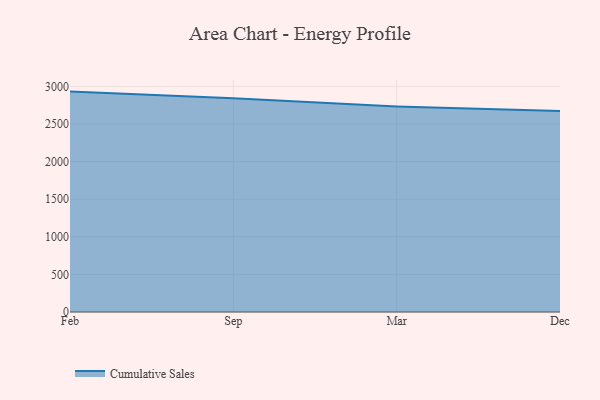
{"axis": {"x": "Month", "y": "Temperature (°C)"}, "legend": ["Cumulative Sales"], "data": [{"x": "Feb", "y": 2931.3, "type": "Cumulative Sales"}, {"x": "Sep", "y": 2841.4, "type": "Cumulative Sales"}, {"x": "Mar", "y": 2733.6, "type": "Cumulative Sales"}, {"x": "Dec", "y": 2672.4, "type": "Cumulative Sales"}]}